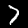
Label: 7